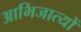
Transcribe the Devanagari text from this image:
आभिजात्यों